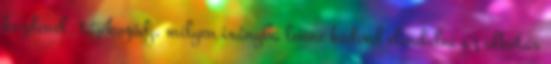
kezdenél, tájékozódj, milyen irányba lenne kedved elindulni az alkotás